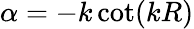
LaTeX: \alpha=-k\cot(kR)